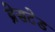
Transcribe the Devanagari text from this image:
ब्रेसटेड